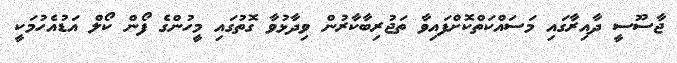
ޖާސޫސީ ދާއިރާގައި މަސައްކަތްކޮށްފައިވާ ތަޖުރިބާކާރުން ވިދާޅުވާ ގޮތުގައި މީހުންގެ ފޯން ކޯލް އަޑުއެހުމަކީ